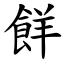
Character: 䬺